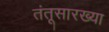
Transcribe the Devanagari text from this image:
तंतूसारख्या